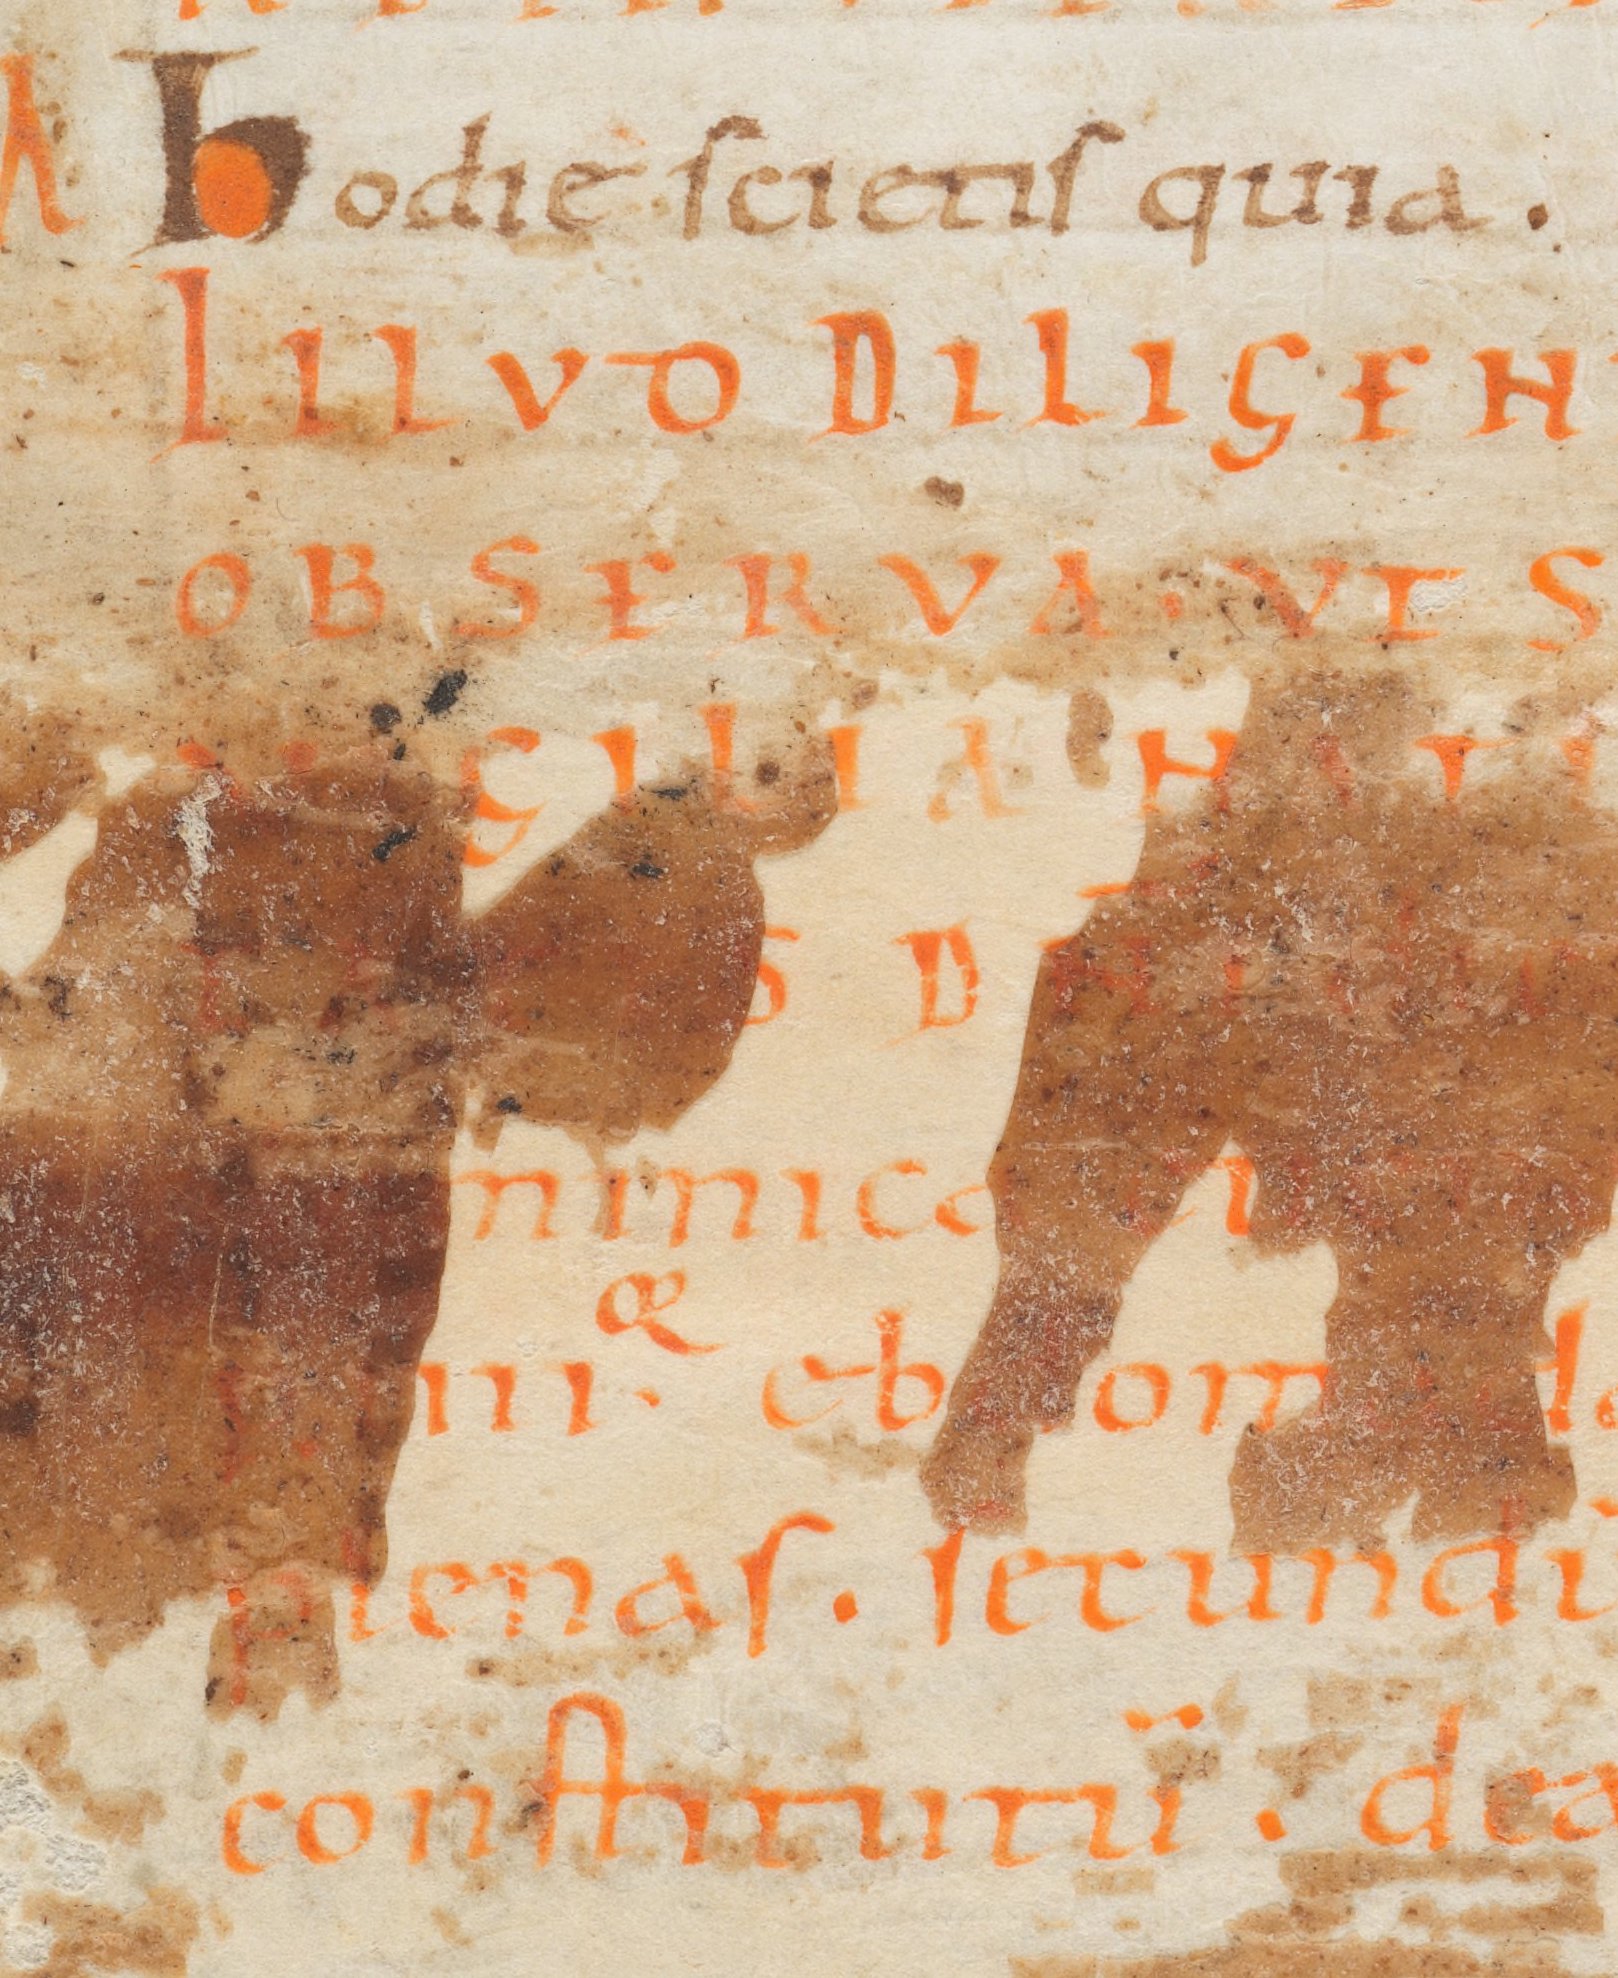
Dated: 800–999